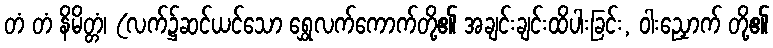
တံ တံ နိမိတ္တံ၊ (လက်၌ဆင်ယင်သော ရွှေလက်ကောက်တို့၏ အချင်းချင်းထိပါးခြင်း, ဝါးညှောက် တို့၏